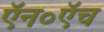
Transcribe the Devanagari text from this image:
ऍन०ऍच